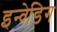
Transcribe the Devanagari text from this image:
इन्वेडिग